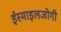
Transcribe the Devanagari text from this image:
ईस्माइलजोगी